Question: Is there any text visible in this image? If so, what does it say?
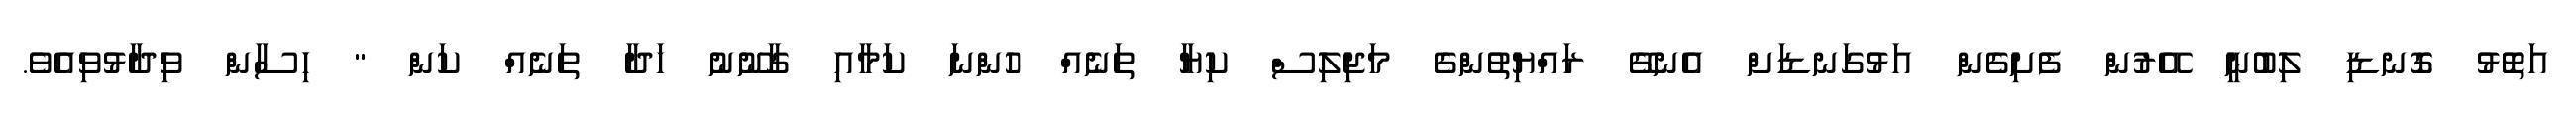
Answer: އަތޮޅު ގޮނޑި ލިބުނީ އޭރުން ފެށިގެން އަޅުގަނޑަށް އެނގޭ ރައްޔިތުންގެ މަޖިލިސް ކިޔާ ތަނެއް ހުންނަ ކަމާއި ގާނޫނު ހަދާ ތަނެއް ކަން " ހިސާން ވިދާޅުވިއެވެ.